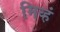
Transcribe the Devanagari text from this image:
मिव्हं